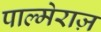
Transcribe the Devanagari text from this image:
पाल्मेराज़